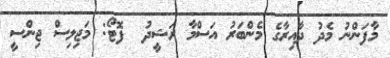
މާފަންނު މެދު ދާއިރާގެ މެންބަރު އަސްމާ ރަޝީދު  ފޮޓޯ: މަޖިލިސް ޖިންސީ